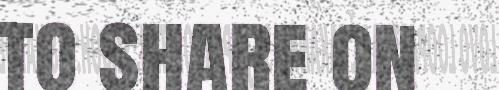
to share on